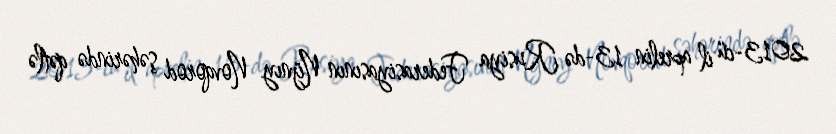
2013-cü il aprelin 13-də Rusiya Federasiyasının Nijnıy Novqorod şəhərində qətlə